Medical and sanitary report of the native army of Bengal for the year
Year: 1875
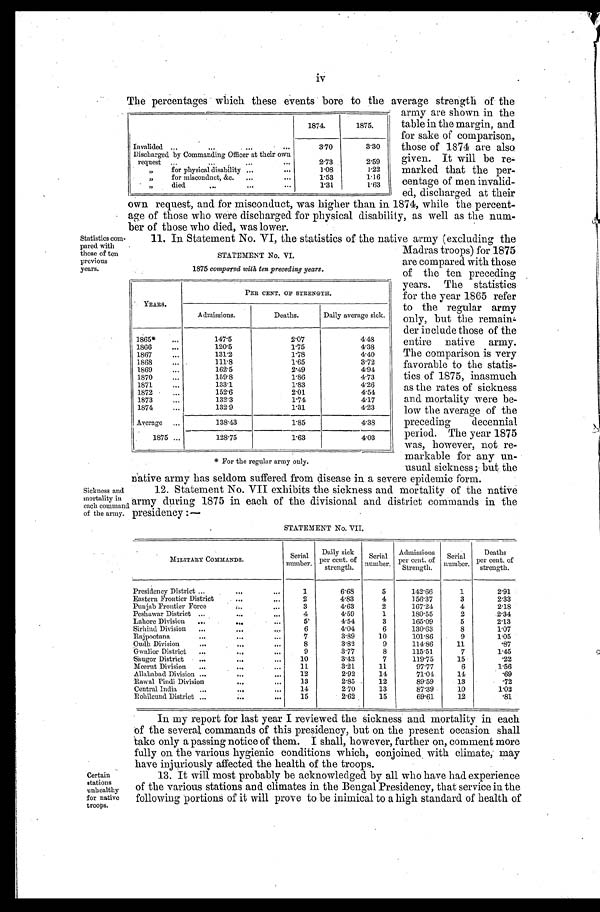
iv
The percentages which these events bore to the average strength of the
army are shown in the
table in the margin, and
for sake of comparison,
those of 1874 are also
given. It will be re--
marked that the per
-centage of men invalid-
ed, discharged at their
own request, and for misconduct, was higher than in 1874, while the percent
-age of those who were discharged for physical disability, as well as the num
-ber of those who died, was lower.
1874.
1875.
Invalided
. . .
3.70
3.30
Discharged by Commanding Officer at their own
request . . .
2.73
2.59
" for physical disability
. . .
1.08
1.22
" f o r m i s c o n d u c t , & c .
. . .
1.53
1.16
" d i e d . . .
1.31
1.63
Statistics com
-pared with
those of ten
previous
years.
11. In Statement No. VI, the statistics of the native army (excluding the
Madras troops) for 1875
are compared with those
of the ten preceding
years. The statistics
for the year 1865 refer
to the regular army
only, but the remain
-der include those of the
entire native army.
The comparison is very
favorable to the statis
-tics of 1875, inasmuch
as the rates of sickness
and mortality were be
-low the average of the
preceding decennial
period. The year 1875
was, however, not re
-markable for any un
-usual sickness; but the
n a t i v e a r m y h a s s e l d o m s u f f e r e d f r o m d i s e a s e i n a s e v e r e e p i d e m i c f o r m .
STATEMENT No. VI .
1875 compared with, ten preceding years.
YEARS.
PER CENT OF STRENGTH.
Admissions.
Deaths.
Daily average sick.
1865*
. . .
147.5
2.07
4.48
1866 . . .
120.5
1.75
4.38
1867. . .
131.2
1.78
4.40
1868
. . .
111.8
1.65
3.72
1869 . . .
162.5
2.49
4.94
1870
. . .
159.8
1.86
4.73
1871
. . .
133.1
1.83
4.26
1872
. . .
152.6
2.01
4.54
1873
. . .
132.3
1.74
4.17
1874
. . .
132.9
1.31
4.23
Average
. . .
138.43
1.85
4.38
1875 . . .
128.75
1.63
4.03
* For the regular army only.
Sickness and
mortality in
each command
of the army.
1 2 . S t a t e m e n t N o . V I I e x h i b i t s t h e s i c k n e s s a n d m o r t a l i t y o f t h e n a t i v e
army during 1875 in each of the divisional and district commands in the
presidency:—
Certain
stations
unhealthy
for native
troops.
STATEMENT No. VII.
MILITARY COMMANDS.
Serial
number.
Daily sick
per cent of
strength.
Serial
number.
Admissions
per cent of
Strength.
Serial
number.
Deaths
per cent of
strength.
Presidency District . . .
1
6.68
5
142.66
1
2.91
Eastern Frontier District
. . .
2
4.83
4
156.37
3
2.33
Punjab Frontier Force
. . .
3
4.63
2
167.24
4
2.18
Peshawar District . . .
4
4.59
1
180.55
2
2.34
Lahore Division . . .
5
4.54
3
165.09
5
2.13
Sirhind Division. . .
6
4.04
6
130.63
8
1.07
Rajpootana
. . .
7
3.89
10
101.86
9
1.05
Oudh Division
. . .
8
3.82
9
114.86
11
.87
Gwalior District
. . .
9
3.77
8
115.51
7
1.45
Saugor District . . .
10
3.42
7
119.75
15
.22
Meerut Division
. . .
11
3.21
11
97.77
6
1.56
Allahabad Division . . .
12
2.92
14
71.04
14
.69
Rawal Pindi Division
. . .
13
2.85
12
89.59
13
.72
Central India
. . .
14
2.70
13
87.39
10
1.02
Rohilcund District . . .
15
2.62
15
69.61
12
.81
In my report for last year I reviewed the sickness and mortality in each
of the several, commands of this presidency, but on the present occasion shall
take only a passing notice of them. I shall, however, further on, comment more
fully on the various hygienic conditions which, conjoined with climate, may
have injuriously affected the health of the troops.
13. It will most probably be acknowledged by all who have had experience
of the various stations and climates in the Bengal Presidency, that service in the
following portions of it will prove to be inimical to a high standard of health of